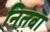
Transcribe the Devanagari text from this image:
नितंबा